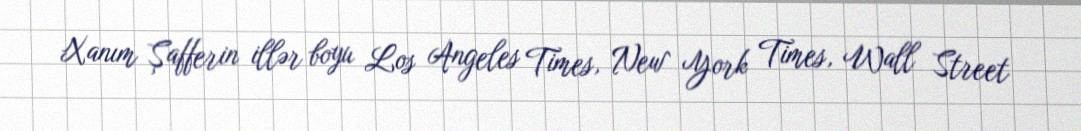
Xanım Şafferin illər boyu Los Angeles Times, New York Times, Wall Street